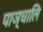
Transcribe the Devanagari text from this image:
पाञ्चालि